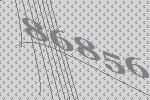
86856